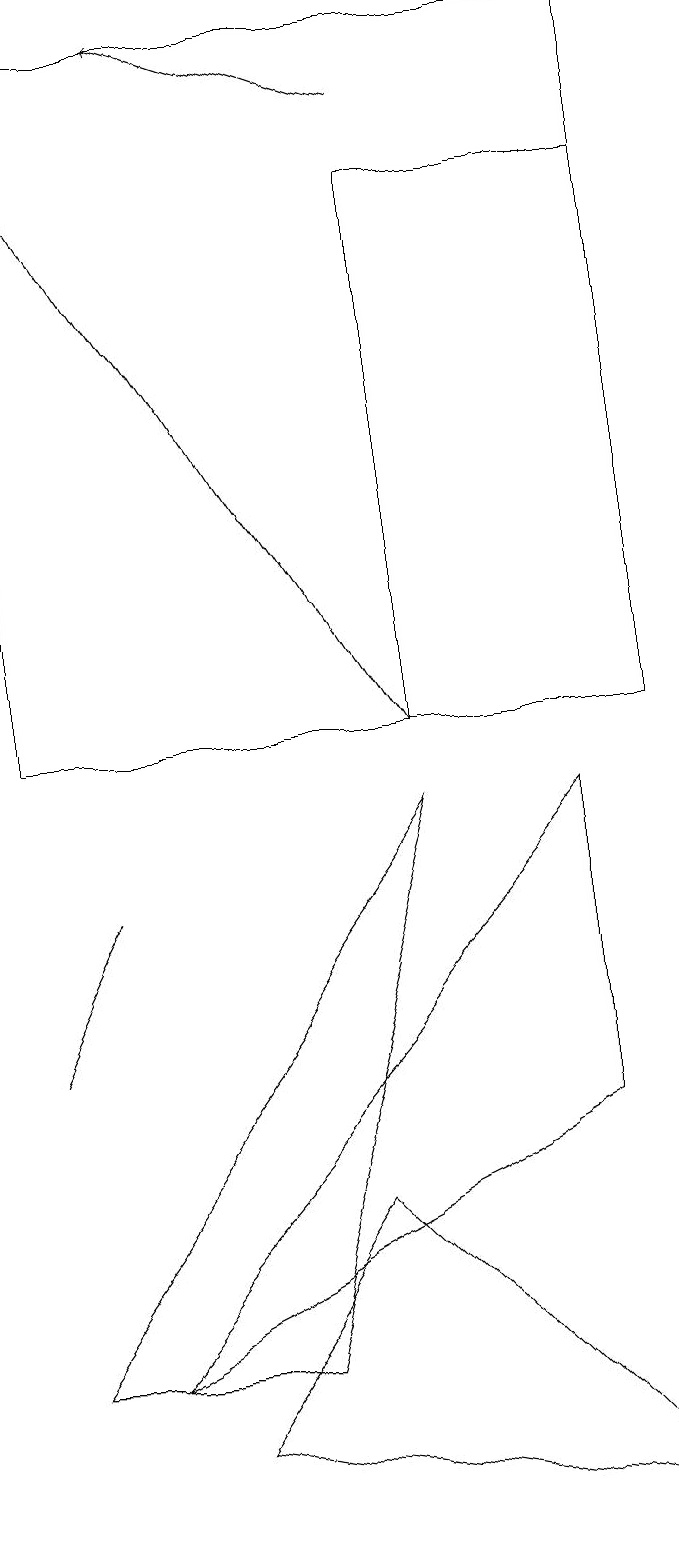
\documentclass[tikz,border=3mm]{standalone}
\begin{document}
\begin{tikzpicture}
\draw (1,2) -- (4,2) -- (6,9) -- cycle;
\draw[->] (6,10) -- (1,18);
\draw (2,2) -- (8,9) -- (8,5) -- cycle;
\draw (1,10) rectangle (9,19);
\draw (1,6) -- (2,8) -- (1,6) -- cycle;
\draw (9,0) -- (3,1) -- (5,4) -- cycle;
\draw (6,10) rectangle (9,17);
\draw[->] (6,18) -- (3,19);
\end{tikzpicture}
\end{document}